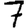
Digit: 7